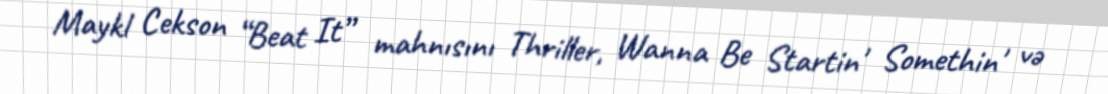
Maykl Cekson “Beat It” mahnısını Thriller, Wanna Be Startin' Somethin' və